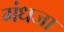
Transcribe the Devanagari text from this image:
गंधजा